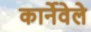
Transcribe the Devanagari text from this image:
कार्नेवेले